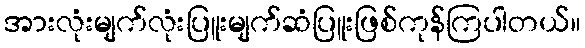
အားလုံးမျက်လုံးပြူးမျက်ဆံပြူးဖြစ်ကုန်ကြပါတယ်။